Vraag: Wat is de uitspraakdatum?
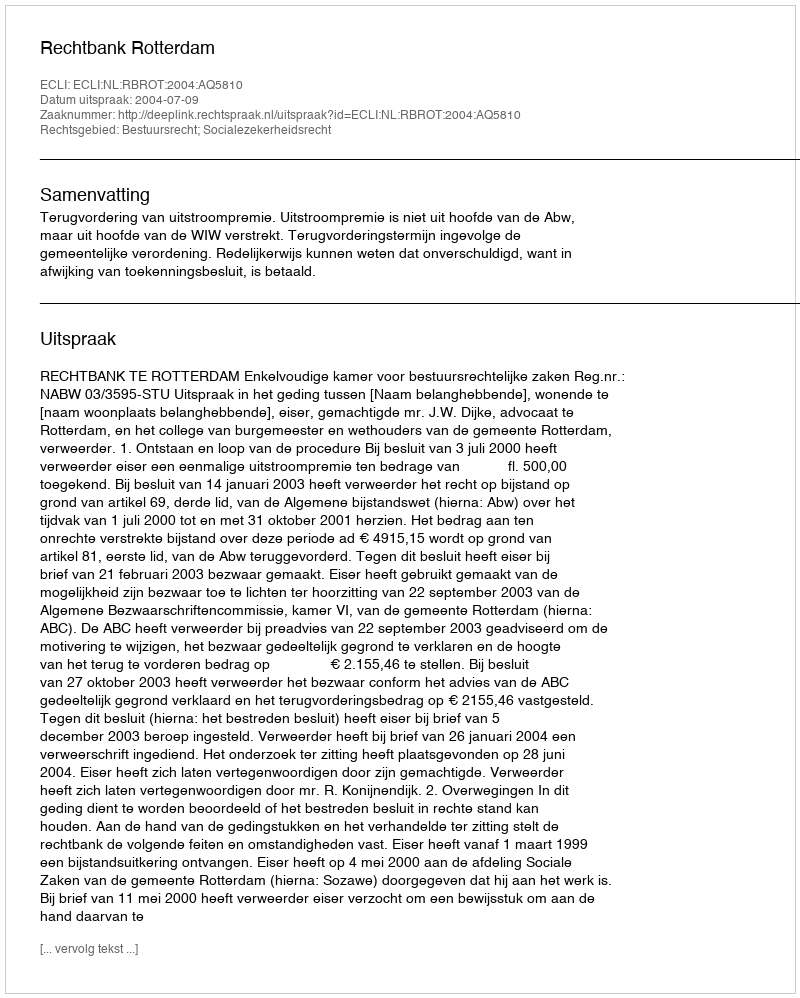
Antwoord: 2004-07-09